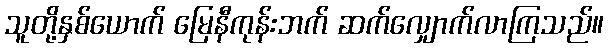
သူတို့နှစ်ယောက် မြေနီကုန်းဘက် ဆက်လျှောက်လာကြသည်။